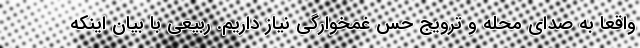
واقعا به صدای محله و ترویج حس غمخوارگی نیاز داریم. ربیعی با بیان اینکه